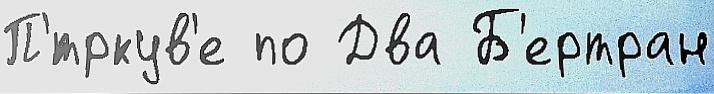
П'́тркув'е по Два Б'ертран